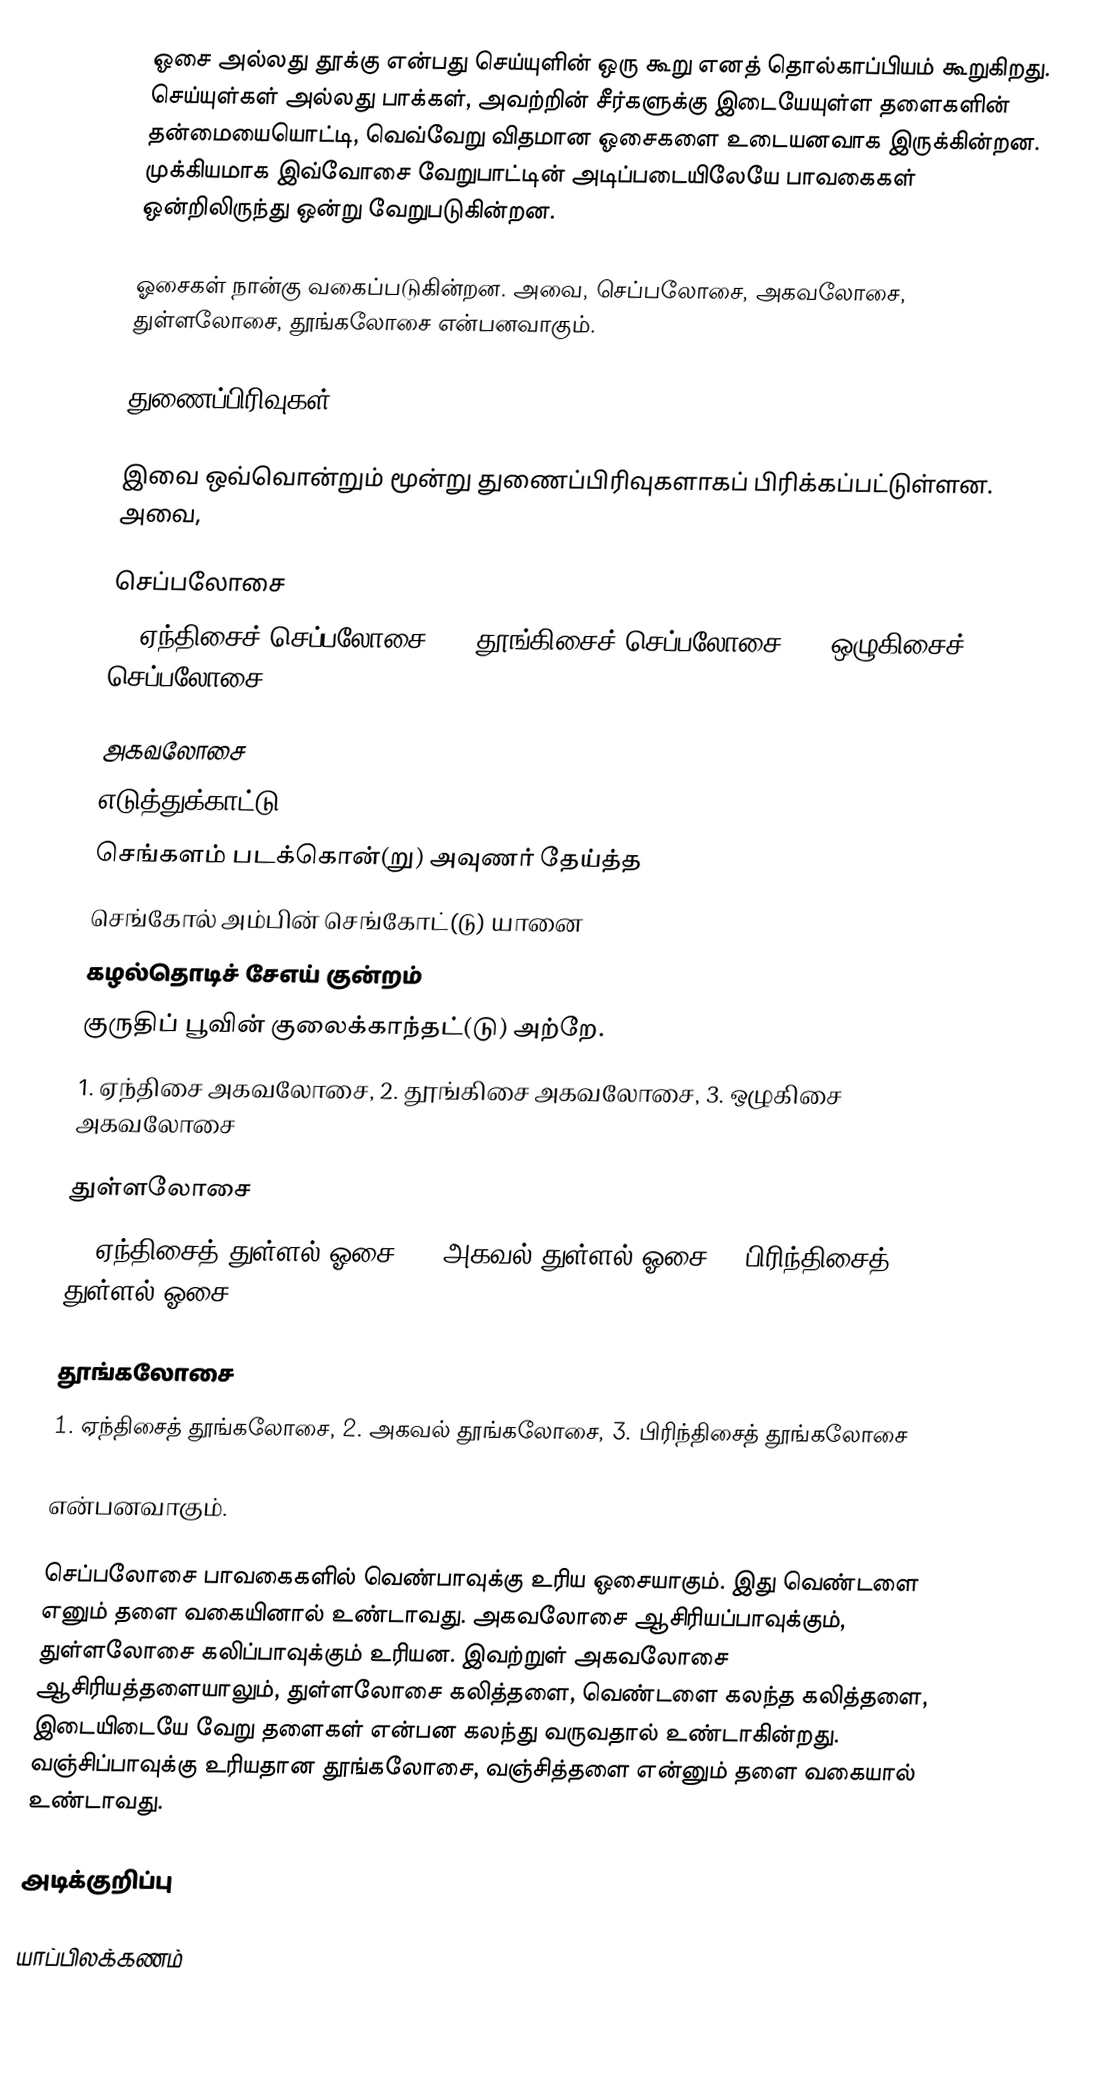
ஓசை அல்லது தூக்கு என்பது செய்யுளின் ஒரு கூறு எனத் தொல்காப்பியம் கூறுகிறது.  செய்யுள்கள் அல்லது பாக்கள், அவற்றின் சீர்களுக்கு இடையேயுள்ள தளைகளின் தன்மையையொட்டி, வெவ்வேறு விதமான ஓசைகளை உடையனவாக இருக்கின்றன. முக்கியமாக இவ்வோசை வேறுபாட்டின் அடிப்படையிலேயே பாவகைகள் ஒன்றிலிருந்து ஒன்று வேறுபடுகின்றன.

ஓசைகள் நான்கு வகைப்படுகின்றன. அவை, செப்பலோசை, அகவலோசை, துள்ளலோசை, தூங்கலோசை என்பனவாகும்.

துணைப்பிரிவுகள்

இவை ஒவ்வொன்றும் மூன்று துணைப்பிரிவுகளாகப் பிரிக்கப்பட்டுள்ளன. அவை,

செப்பலோசை
 1. ஏந்திசைச் செப்பலோசை, 2. தூங்கிசைச் செப்பலோசை, 3. ஒழுகிசைச் செப்பலோசை

அகவலோசை
எடுத்துக்காட்டு
செங்களம் படக்கொன்(று) அவுணர் தேய்த்த
செங்கோல் அம்பின் செங்கோட்(டு) யானை
கழல்தொடிச் சேஎய் குன்றம்
குருதிப் பூவின் குலைக்காந்தட்(டு) அற்றே.
 1. ஏந்திசை அகவலோசை, 2. தூங்கிசை அகவலோசை, 3. ஒழுகிசை அகவலோசை

துள்ளலோசை
 1. ஏந்திசைத் துள்ளல் ஓசை, 2. அகவல் துள்ளல் ஓசை 3. பிரிந்திசைத் துள்ளல் ஓசை

தூங்கலோசை
 1. ஏந்திசைத் தூங்கலோசை, 2. அகவல் தூங்கலோசை, 3. பிரிந்திசைத் தூங்கலோசை

என்பனவாகும்.

செப்பலோசை பாவகைகளில் வெண்பாவுக்கு உரிய ஓசையாகும். இது வெண்டளை எனும் தளை வகையினால் உண்டாவது. அகவலோசை ஆசிரியப்பாவுக்கும், துள்ளலோசை கலிப்பாவுக்கும் உரியன. இவற்றுள் அகவலோசை ஆசிரியத்தளையாலும், துள்ளலோசை கலித்தளை, வெண்டளை கலந்த கலித்தளை, இடையிடையே வேறு தளைகள் என்பன கலந்து வருவதால் உண்டாகின்றது. வஞ்சிப்பாவுக்கு உரியதான தூங்கலோசை, வஞ்சித்தளை என்னும் தளை வகையால் உண்டாவது.

அடிக்குறிப்பு

யாப்பிலக்கணம்